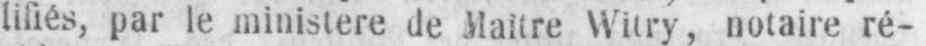
Witry, notaire ré-